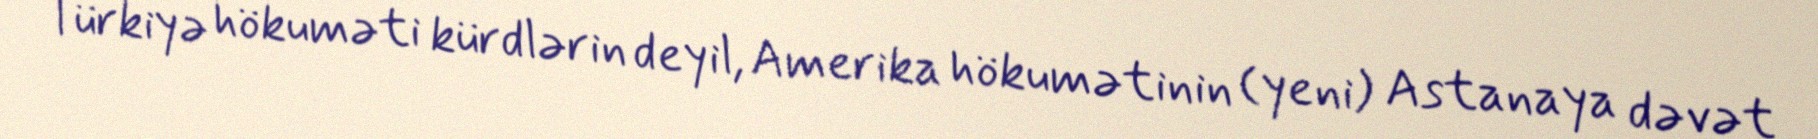
Türkiyə hökuməti kürdlərin deyil, Amerika hökumətinin (yeni) Astanaya dəvət